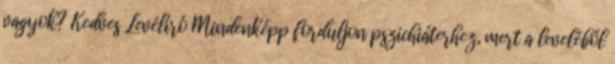
vagyok? Kedves Levélíró Mindenképp forduljon pszichiáterhez, mert a leveléből